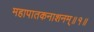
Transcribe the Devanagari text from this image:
महापातकनाशनम्‌॥१॥